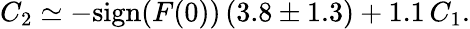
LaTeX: C_{2}\simeq-\mathrm{sign}(F(0))\, (3.8\pm 1.3)+1.1\, C_{1}.